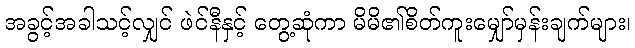
အခွင့်အခါသင့်လျှင် ဖဲင်နီနှင့် တွေ့ဆုံကာ မိမိ၏စိတ်ကူးမျှော်မှန်းချက်များ၊